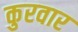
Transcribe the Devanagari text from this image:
कुरवार